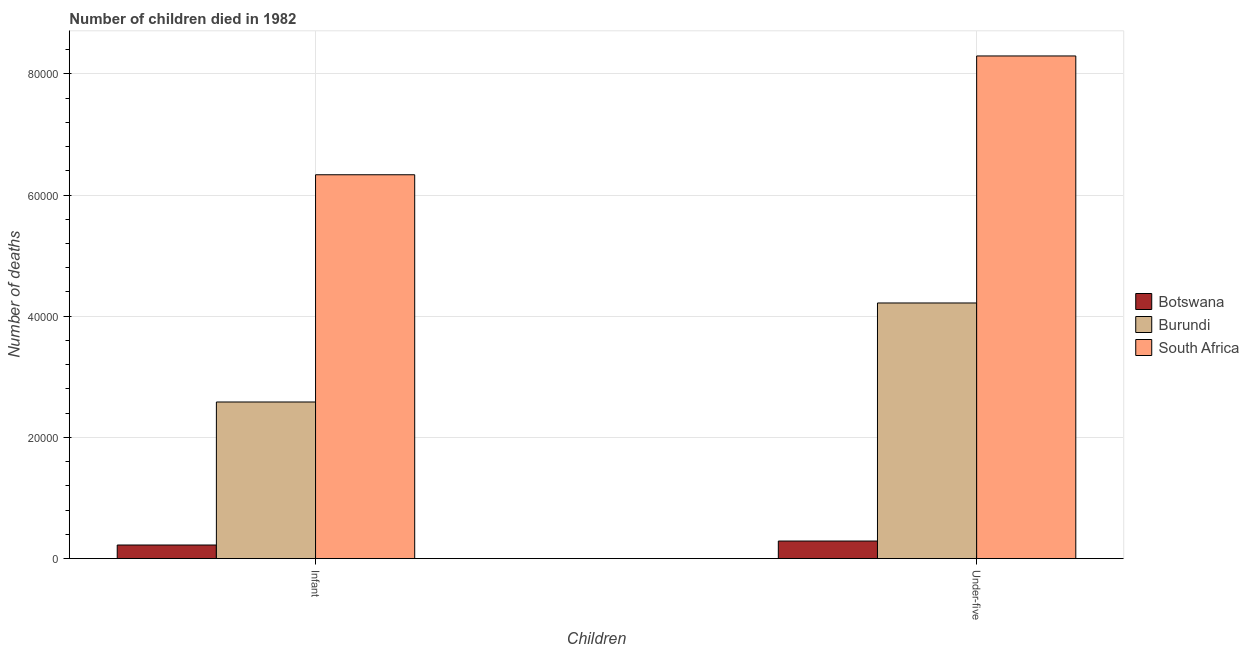
| Children | Botswana | Burundi | South Africa |
 | --- | --- | --- | --- |
 | Infant | 2.24e+03 | 2.58e+04 | 6.34e+04 |
 | Under-five | 2.89e+03 | 4.22e+04 | 8.3e+04 |